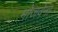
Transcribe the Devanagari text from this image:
मोजवेना